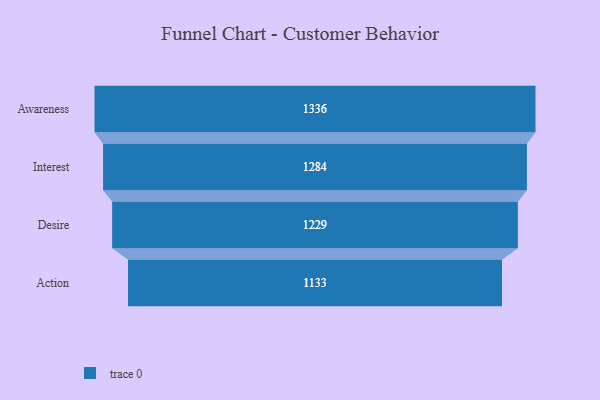
{"axis": {"x": "Stage", "y": "Value"}, "legend": [""], "data": [{"x": "Awareness", "y": 1336.0, "type": ""}, {"x": "Interest", "y": 1284.0, "type": ""}, {"x": "Desire", "y": 1229.0, "type": ""}, {"x": "Action", "y": 1133.0, "type": ""}]}